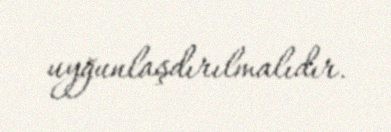
uyğunlaşdırılmalıdır.